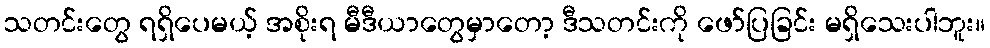
သတင်းတွေ ရရှိပေမယ့် အစိုးရ မီဒီယာတွေမှာတော့ ဒီသတင်းကို ဖော်ပြခြင်း မရှိသေးပါဘူး။